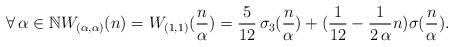
LaTeX: \begin{align*} \forall\,\alpha\in\mathbb{N}W_{(\alpha,\alpha)}(n) = W_{(1,1)}(\frac{n}{\alpha}) = \frac{5}{12}\,\sigma_{3}(\frac{n}{\alpha}) + (\frac{1}{12} - \frac{1}{2\,\alpha}n)\sigma(\frac{n}{\alpha}). \end{align*}